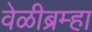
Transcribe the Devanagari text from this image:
वेळीब्रम्हा